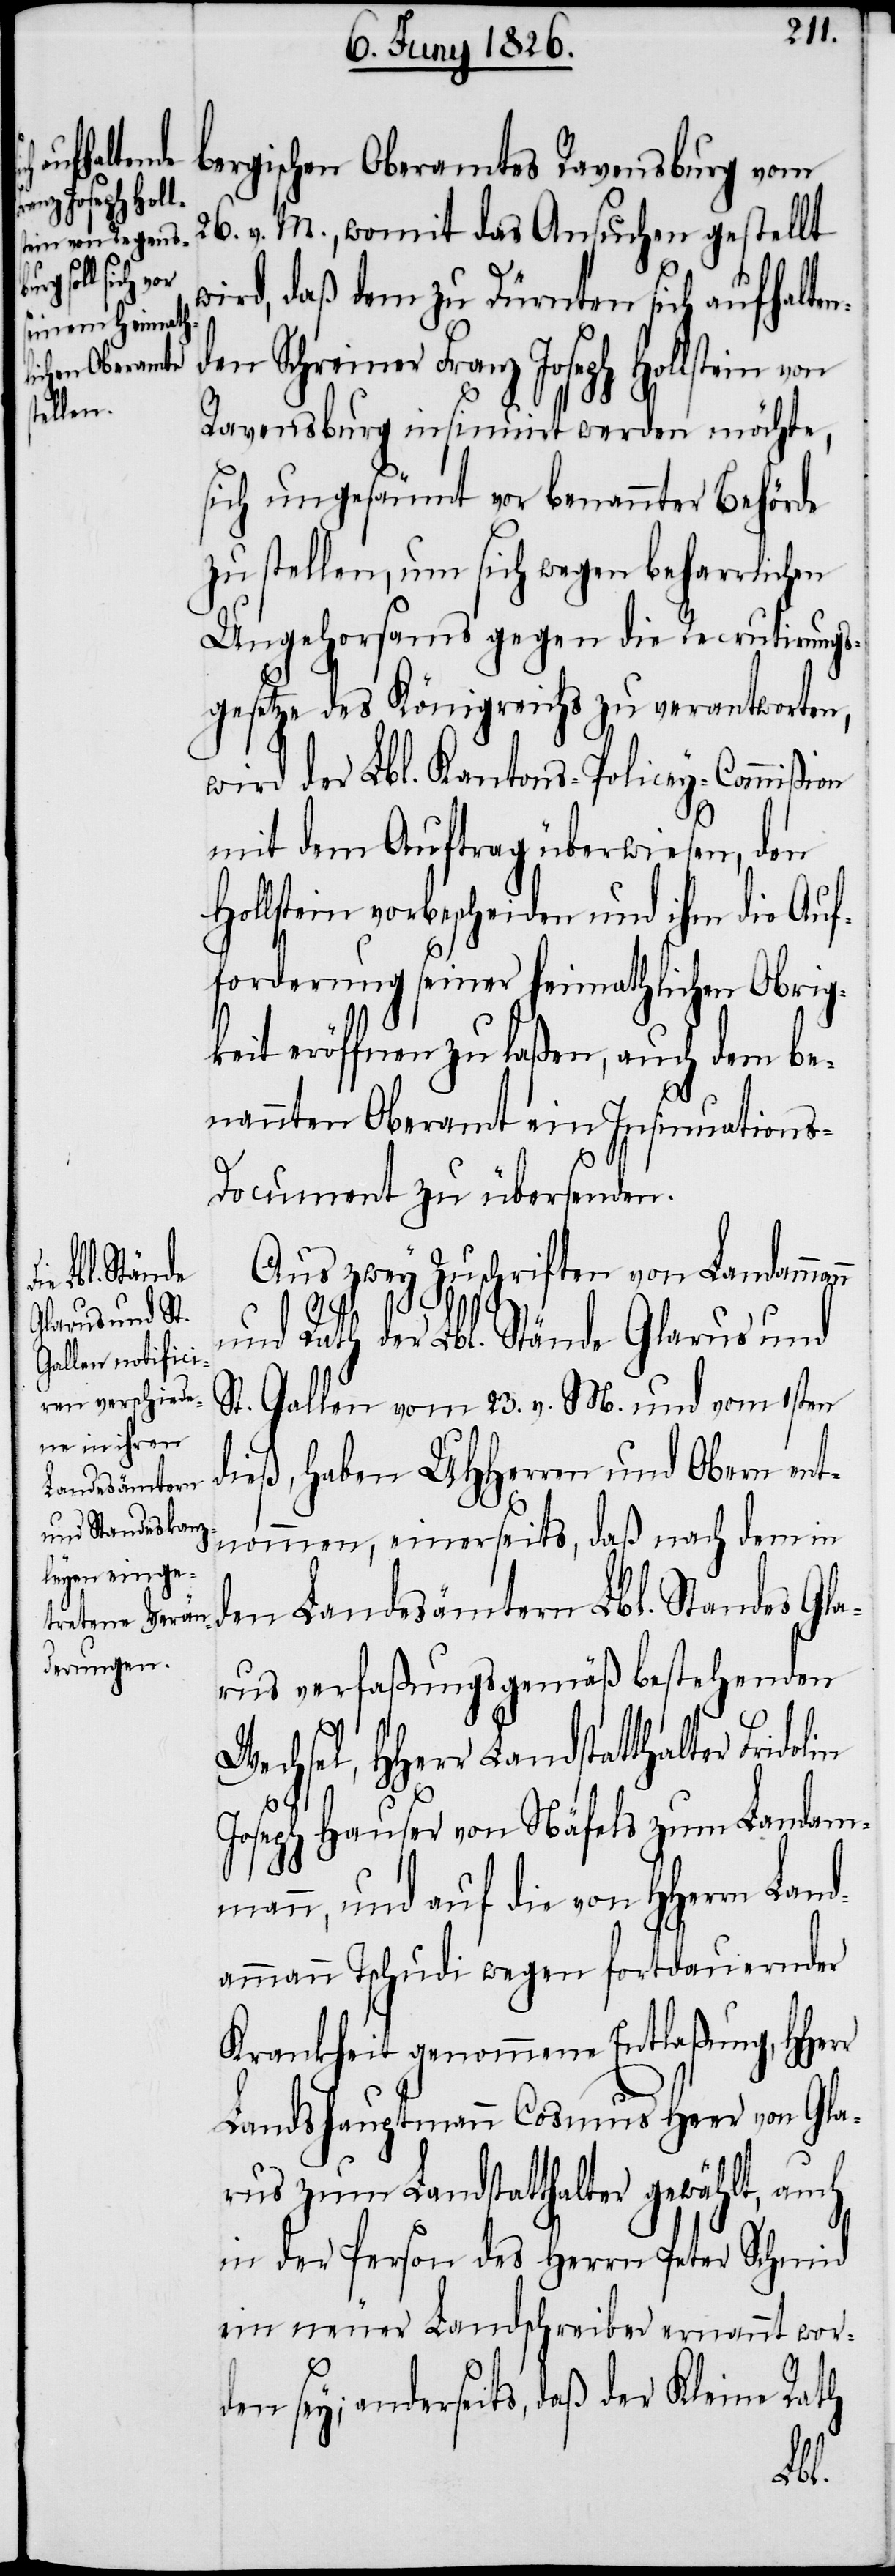
nden Schr¬

bergischen Oberamtes Ravensburg vom
26. v. M., womit das Ansuchen gestellt
wird, daß dem zu Dürnten sich aufhalte¬
einer Franz Joseph Hollstein
Ravensburg insinuirt werden möchte,
sich ungesäumt vor benannter Behörde
zu stellen, um sich wegen beharrlichen
Ungehorsams gegen die Recrutierungs¬
gesetze des Königreichs zu verantworten,
wird der Lbl. Kantons-Policey-Commißion
mit dem Auftrag überwiesen, den
Hollstein vorbescheiden und ihm die Auf¬
forderung seiner heimathlichen Obrig¬
keit eröffnen zu laßen, auch dem be¬
nannten Oberamt ein Insinuation¬
s-Document zu übersenden.
Aus zwey Zuschriften von Ladamman¬
r
und Rath der Lbl. Stände Glarus und
St. Gallen vom 23. v. M. und vom 1sten
dieß, haben UHHerren und Obern ent¬
nommen, einerseits, daß nach dem in
den Landesämtern Lbl. Standes Gla¬
rus verfaßungsgemäß bestehenden
echsel, HHerr Landstatthalter Fri¬
Joseph Hauser von Näfels zum Landam¬
mann, und auf die von HHerrn Land¬
ammannn Tschudi wegen fortdauernder
Krankheit genommene Entlaßung, HHer¬
Landshauptmann Cosmus Heer von Gla¬
rus zum Landstatthalter gewählt, auch
in der Person des Herrn Peter Schmid
ein neuer Landschreiber ernannt wor¬
den sey; anderseits, daß der Kleine Rath
dolin